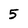
Character: 5